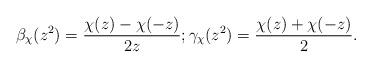
LaTeX: \begin{align*}\beta_\chi (z^2) =\frac{\chi(z) -\chi (-z)}{2z}; \gamma_\chi (z^2) =\frac{\chi(z) +\chi (-z)}{2}.\end{align*}